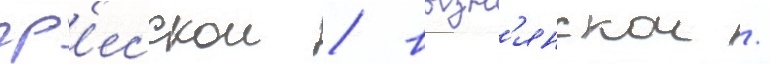
гр'есскои / вызн'янскои /